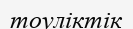
тоуліктік